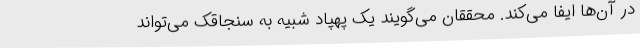
در آن‌ها ایفا می‌کند. محققان می‌گویند یک پهپاد شبیه به سنجاقک می‌تواند